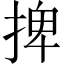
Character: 捭